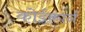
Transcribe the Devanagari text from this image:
कोईकार्न